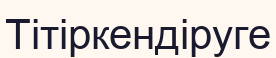
Тітіркендіруге